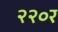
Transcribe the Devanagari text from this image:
२२०र